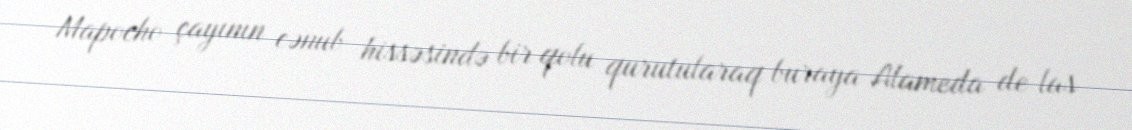
Mapocho çayının cənub hissəsində bir qolu qurutularaq buraya Alameda de las